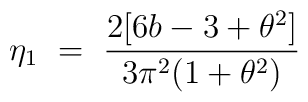
\eta_1 ~=~ \frac{2[6b-3+\theta^2]}{3\pi^2(1+\theta^2)}